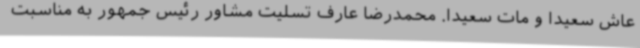
عاش سعیداً و مات سعیداً. محمدرضا عارف تسلیت مشاور رئیس جمهور به مناسبت